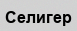
Селигер